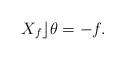
LaTeX: \begin{align*}\ X_{f}\rfloor \theta =-f. \end{align*}